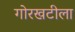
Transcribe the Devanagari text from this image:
गोरखटीला